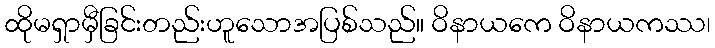
ထိုမရှာမှီခြင်းတည်းဟူသောအပြစ်သည်။ ဝိနာယကေ ဝိနာယကဿ၊